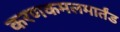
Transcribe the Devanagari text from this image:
करणकमलमार्तंड